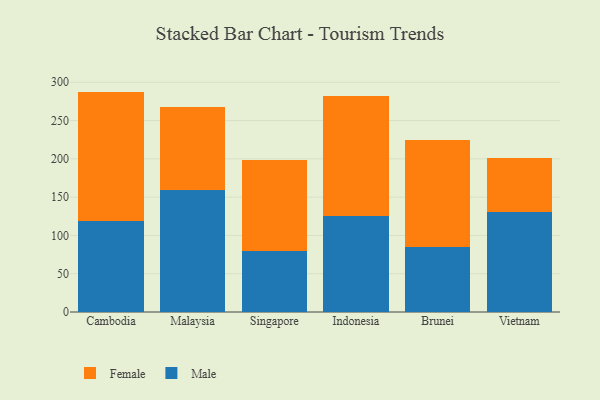
{"axis": {"x": "Country", "y": "Latency (ms)"}, "legend": ["Female", "Male"], "data": [{"x": "Cambodia", "y": 118.9, "type": "Male"}, {"x": "Cambodia", "y": 168.9, "type": "Female"}, {"x": "Malaysia", "y": 158.9, "type": "Male"}, {"x": "Malaysia", "y": 108.8, "type": "Female"}, {"x": "Singapore", "y": 79.6, "type": "Male"}, {"x": "Singapore", "y": 119.2, "type": "Female"}, {"x": "Indonesia", "y": 125.6, "type": "Male"}, {"x": "Indonesia", "y": 156.1, "type": "Female"}, {"x": "Brunei", "y": 85.4, "type": "Male"}, {"x": "Brunei", "y": 139.1, "type": "Female"}, {"x": "Vietnam", "y": 131.0, "type": "Male"}, {"x": "Vietnam", "y": 70.5, "type": "Female"}]}